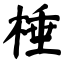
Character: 棰